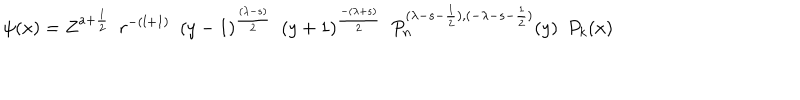
\psi ( x ) = Z ^ { a + \frac { 1 } { 2 } } \, \, \, r ^ { - ( l + 1 ) } \, \, \, ( y - 1 ) ^ { \frac { ( \lambda - s ) } { 2 } } \, \, \, ( y + 1 ) ^ { \frac { - ( \lambda + s ) } { 2 } } \, \, \, P _ { n } ^ { ( \lambda - s - \frac { 1 } { 2 } ) , ( - \lambda - s - \frac { 1 } { 2 } ) } ( y ) \, \, \, P _ { k } ( x )